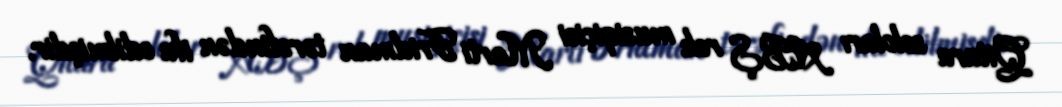
Qitara soloları ABŞ rok musiqiçisi Marti Fridman tərəfindən ifa edilmişdir.